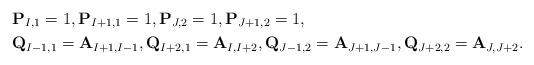
LaTeX: \begin{align*}& {\bf P}_{I,1}=1, {\bf P}_{I+1,1}=1, {\bf P}_{J,2}=1, {\bf P}_{J+1,2}=1, \\& {\bf Q}_{I-1,1}={\bf A}_{I+1,I-1}, {\bf Q}_{I+2,1}={\bf A}_{I,I+2}, {\bf Q}_{J-1,2}={\bf A}_{J+1,J-1}, {\bf Q}_{J+2,2}={\bf A}_{J,J+2}.\end{align*}